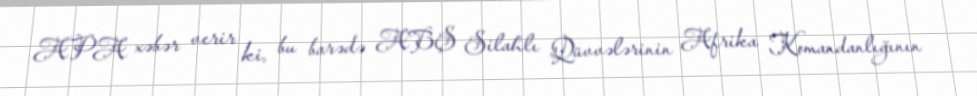
APA xəbər verir ki, bu barədə ABŞ Silahlı Qüvvələrinin Afrika Komandanlığının